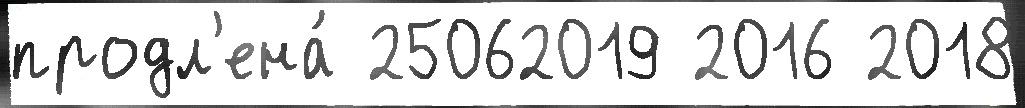
продл'ена́ 25062019 2016 2018